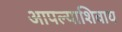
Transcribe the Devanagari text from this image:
आपल्याशिवाय